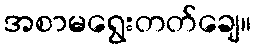
အစာမရွေးတတ်ချေ။